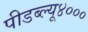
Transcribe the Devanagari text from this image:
पीडब्ल्यू४०००